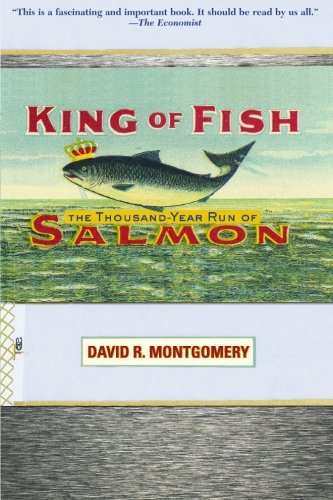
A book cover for King of Fish: The Thousand-Year Run of Salmon; David Montgomery; Science & Math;